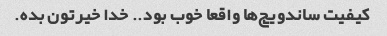
کیفیت ساندویچ‌ها واقعا خوب بود.. خدا خیرتون بده.